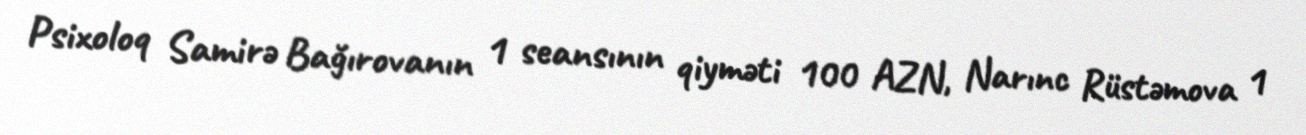
Psixoloq Samirə Bağırovanın 1 seansının qiyməti 100 AZN, Narınc Rüstəmova 1